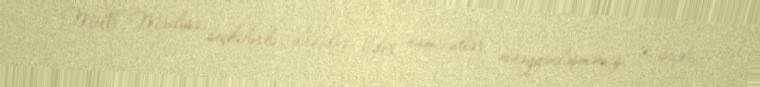
Milli Məclisə seçkilərlə əlaqədar lider namizədlər müəyyənləşməmiş 7 seçki